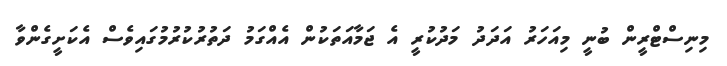
މިނިސްޓްރީން ބުނީ މިއަހަރު އަދަދު މަދުކުރީ އެ ޖަމާއަތަކުން އެއްގަމު ދަތުރުކުރުމުގައިވެސް އެކަށީގެންވާ